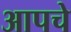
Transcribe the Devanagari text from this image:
आपचे